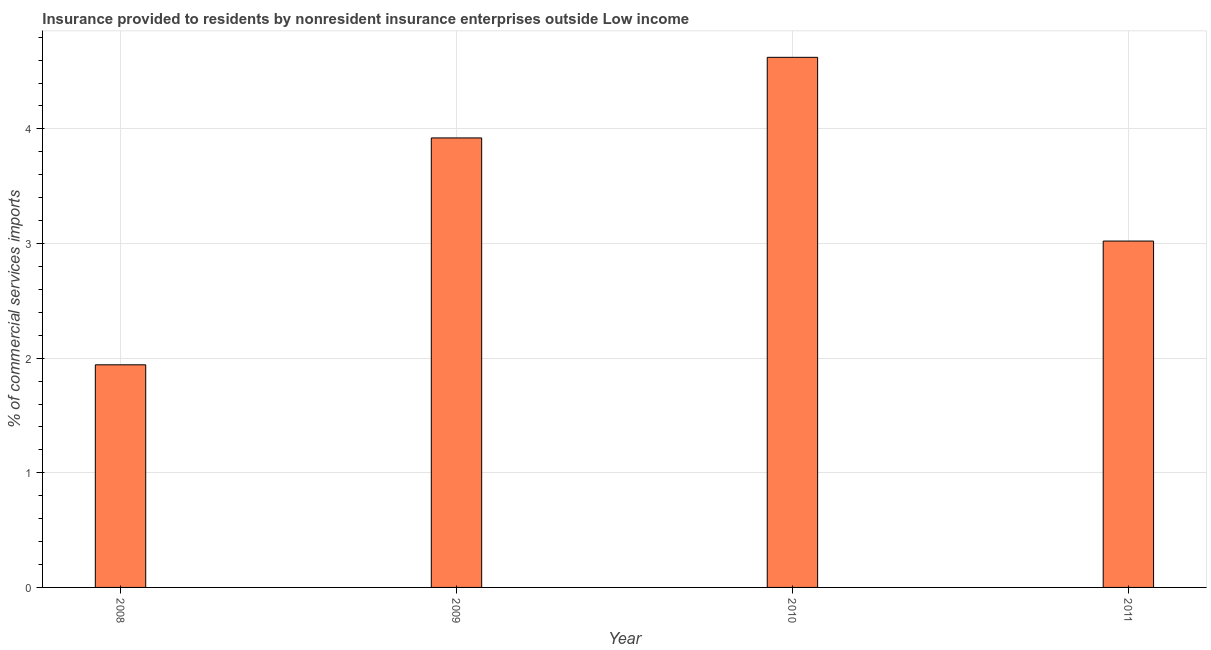
| Year | Insurance provided by non-residents |
 | --- | --- |
 | 2008 | 1.94 |
 | 2009 | 3.92 |
 | 2010 | 4.62 |
 | 2011 | 3.02 |